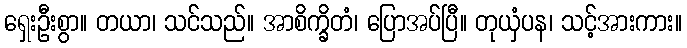
ရှေးဦးစွာ။ တယာ၊ သင်သည်။ အာစိက္ခိတံ၊ ပြောအပ်ပြီ။ တုယှံပန၊ သင့်အားကား။